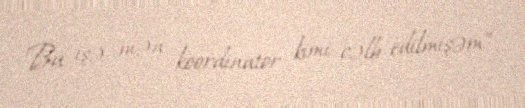
Bu işə mən koordinator kimi cəlb edilmişəm”.